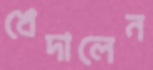
খেদালেন